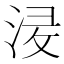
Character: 𱦯